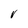
Character: V